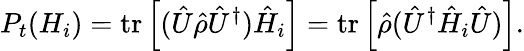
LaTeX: P_{t}(H_{i})=\operatorname{tr}\left[({\hat{U}}{\hat{\rho}}{\hat{U}}^{\dagger}){\hat{H}}_{i}\right]=\operatorname{tr}\left[{\hat{\rho}}({\hat{U}}^{\dagger}{\hat{H}}_{i}{\hat{U}})\right].